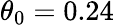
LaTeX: \theta_{0}=0.24